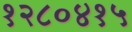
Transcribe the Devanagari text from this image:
१२८०४१५